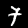
Label: 7